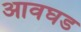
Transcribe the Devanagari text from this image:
आवघड